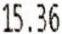
15.36